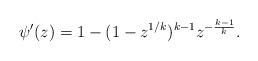
LaTeX: \begin{align*}\psi'(z)&=1-(1-z^{1/k})^{k-1}z^{-\frac{k-1}{k}}.\end{align*}